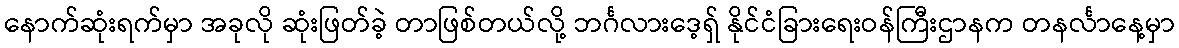
နောက်ဆုံးရက်မှာ အခုလို ဆုံးဖြတ်ခဲ့ တာဖြစ်တယ်လို့ ဘင်္ဂလားဒေ့ရ်ှ နိုင်ငံခြားရေးဝန်ကြီးဌာနက တနင်္လာနေ့မှာ